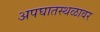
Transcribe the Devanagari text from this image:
अपघातस्थळावर